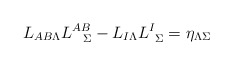
\begin{align*}L_{AB\Lambda}L^{AB}_{\ \ \Sigma} - L_{I\Lambda}L^{I}_{\ \Sigma}=\eta_{\Lambda\Sigma} \end{align*}